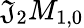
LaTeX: \mathfrak{J}_{2}M_{1,0}